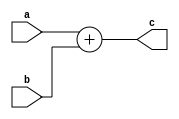
module Adder_32 (
         a,
         b,
         c
       );

input [31:0] a;
input [31:0] b;
output [31:0] c;

assign c = a + b;

endmodule